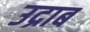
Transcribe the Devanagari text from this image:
उद्राब